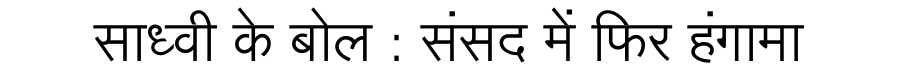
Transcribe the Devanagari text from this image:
साध्वी के बोल : संसद में फिर हंगामा